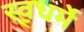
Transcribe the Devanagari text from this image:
स्वधर्मे